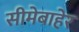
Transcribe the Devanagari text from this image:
सीमेबाहेर